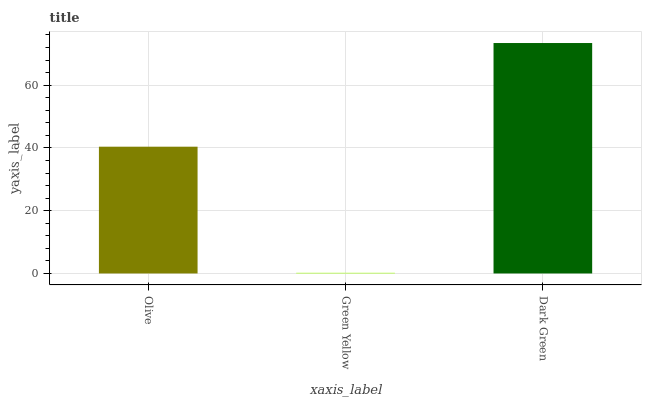
| xaxis_label | bars |
 | --- | --- |
 | Olive | 40.4 |
 | Green Yellow | 0.221 |
 | Dark Green | 73.4 |